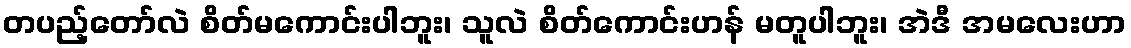
တပည့်တော်လဲ စိတ်မကောင်းပါဘူး၊ သူလဲ စိတ်ကောင်းဟန် မတူပါဘူး၊ အဲဒီ အမလေးဟာ